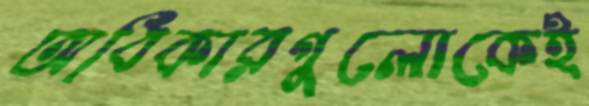
অধিকারগুলোকেই